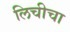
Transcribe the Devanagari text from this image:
लिचीचा